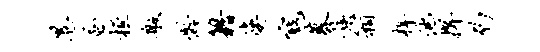
港蚤桓般龄籍婆寇募族箱梓他捍豹